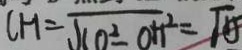
C H = \sqrt { C O ^ { 2 } - O H ^ { 2 } } = \sqrt { 1 5 }